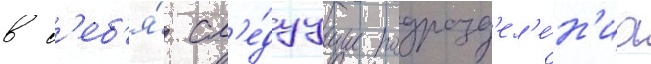
в с'еб'я́ сл'е́дуущие подразд'ел'е́н'иа